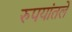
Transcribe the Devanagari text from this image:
रुपयांतले